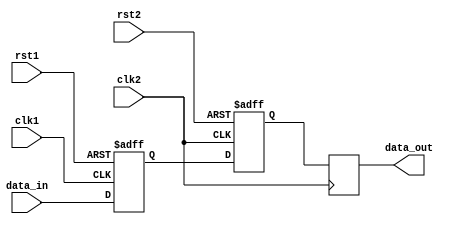
module Synchronizer (
    input wire clk1, // Clock signal for domain 1
    input wire clk2, // Clock signal for domain 2
    input wire rst1, // Reset signal for domain 1
    input wire rst2, // Reset signal for domain 2
    input wire data_in, // Data input signal to be synchronized
    output reg data_out // Synchronized output signal
);

reg flip_flop1_reg;
always @(posedge clk1 or posedge rst1) begin
    if (rst1)
        flip_flop1_reg <= 1'b0;
    else
        flip_flop1_reg <= data_in;
end

reg flip_flop2_reg;
always @(posedge clk2 or posedge rst2) begin
    if (rst2)
        flip_flop2_reg <= 1'b0;
    else
        flip_flop2_reg <= flip_flop1_reg;
end

always @(posedge clk2) begin
    data_out <= flip_flop2_reg;
end

endmodule